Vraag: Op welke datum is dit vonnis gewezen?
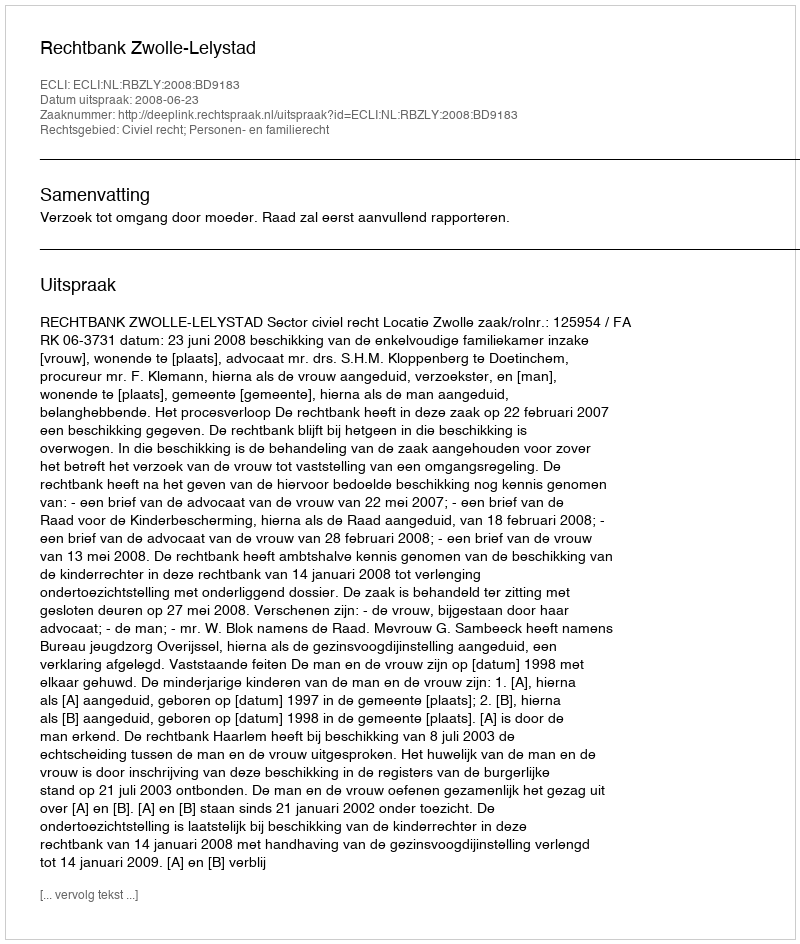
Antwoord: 2008-06-23